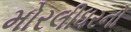
મોરલીધરનો